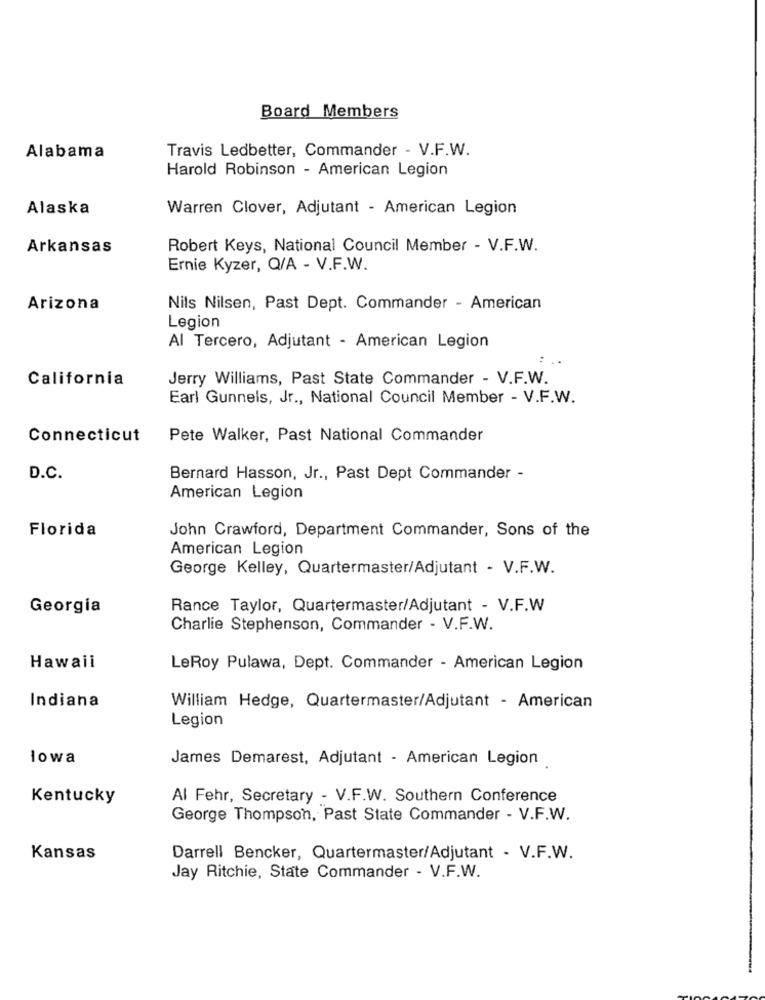
Board Members
Travis Ledbetter, Commander - V.F.W.
Alabama
Harold Robinson - American Legion
Alaska
Warren Clover, Adjutant - American Legion
Arkansas
Robert Keys, National Council Member - V.F.W.
Ernie Kyzer, Q/A - V.F.W.
Arizona
Nils Nilsen, Past Dept. Commander - American
Legion
Al Tercero, Adjutant - American Legion
California
Jerry Williams, Past State Commander - V.F.W.
Earl Gunnels, Jr ., National Council Member - V.F.W.
Connecticut
Pete Walker, Past National Commander
D.C.
Bernard Hasson, Jr ., Past Dept Commander -
American Legion
Florida
John Crawford, Department Commander, Sons of the
American Legion
George Kelley, Quartermaster/Adjutant - V.F.W.
Georgia
Rance Taylor, Quartermaster/Adjutant - V.F.W
Charlie Stephenson, Commander - V.F.W.
Hawaii
LeRoy Pulawa, Dept. Commander - American Legion
Indiana
William Hedge, Quartermaster/Adjutant - American
Legion
łowa
James Demarest, Adjutant - American Legion
Kentucky
Al Fehr, Secretary - V.F.W. Southern Conference
George Thompson, Past State Commander - V.F.W.
Kansas
Darrell Bencker, Quartermaster/Adjutant - V.F.W.
Jay Ritchie, State Commander - V.F.W.